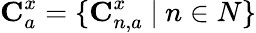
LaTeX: \textbf{C}_{a}^{x}=\{ \textbf{C}_{n,a}^{x}\ |\ n\in N\}